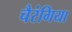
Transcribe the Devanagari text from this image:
चैरंगिया